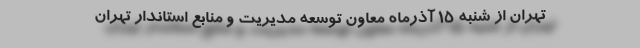
تهران از شنبه ۱۵ آذرماه معاون توسعه مدیریت و منابع استاندار تهران